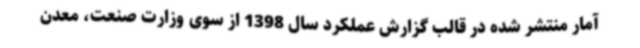
آمار منتشر شده در قالب گزارش عملکرد سال 1398 از سوی وزارت صنعت، معدن